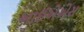
આઈએએસ